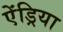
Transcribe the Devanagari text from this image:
ऐंड्रिया